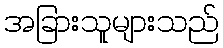
အခြားသူများသည်